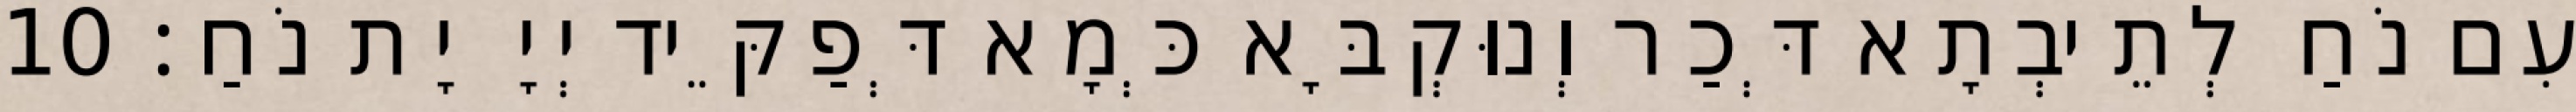
עִם נֹחַ לְתֵיבְתָא דְּכַר וְנוּקְבָּא כְּמָא דְּפַקֵּיד יְיָ יָת נֹחַ׃ 10